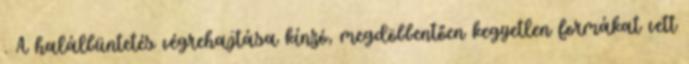
. A halálbüntetés végrehajtása kínzó, megdöbbentően kegyetlen formákat vett